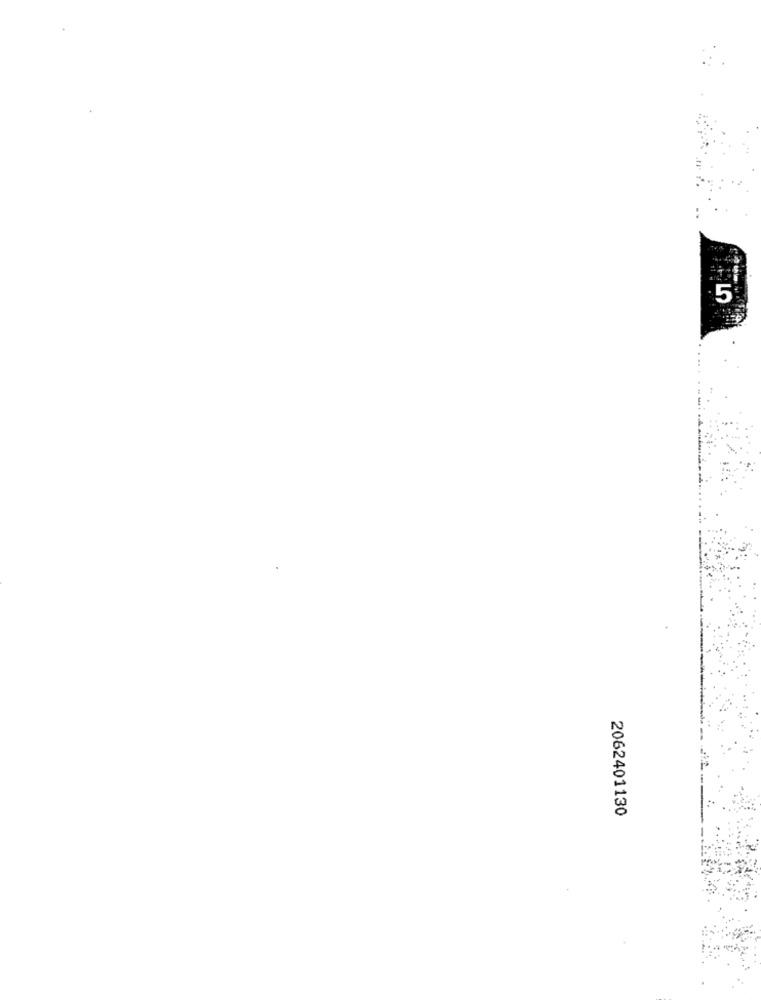
5
2062401130